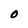
Character: O